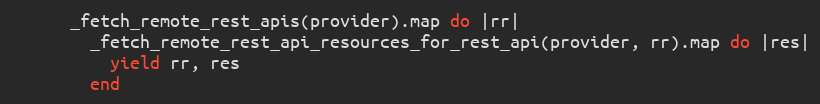
Language: Ruby
      _fetch_remote_rest_apis(provider).map do |rr|
        _fetch_remote_rest_api_resources_for_rest_api(provider, rr).map do |res|
          yield rr, res
        end